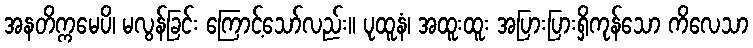
အနတိက္ကမေပိ၊ မလွန်ခြင်း ကြောင့်သော်လည်း။ ပုထူနံ၊ အထူးထူး အပြားပြားရှိကုန်သော ကိလေသာ